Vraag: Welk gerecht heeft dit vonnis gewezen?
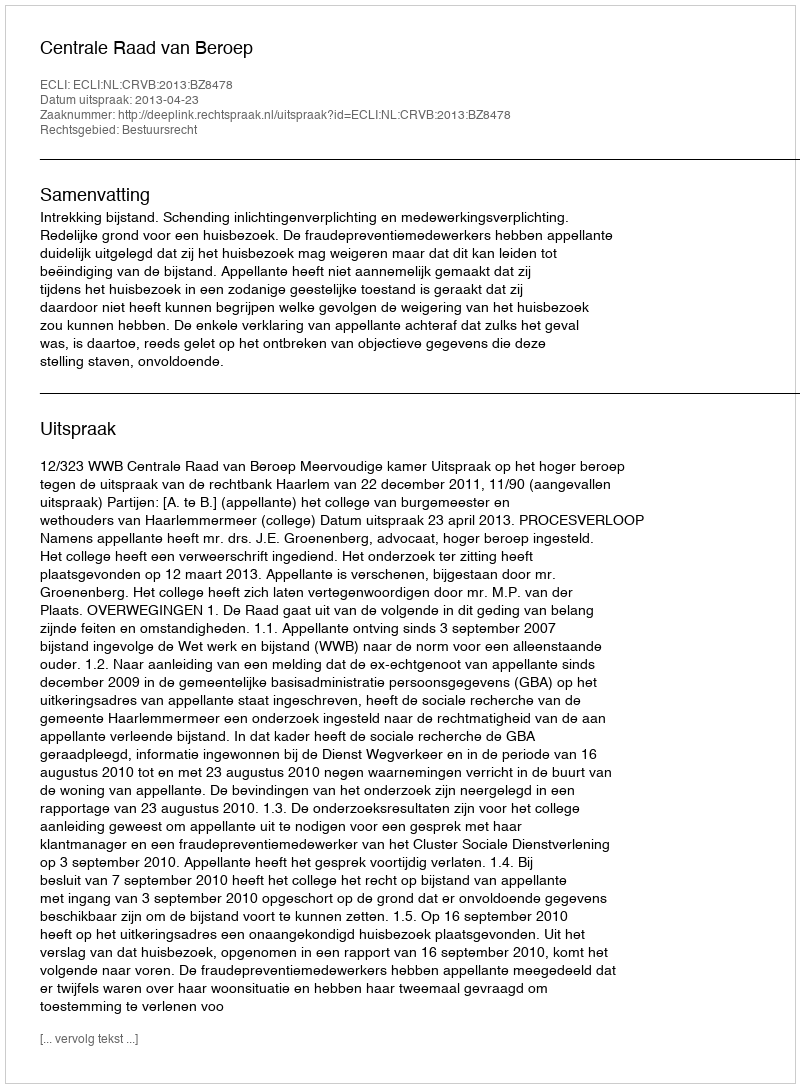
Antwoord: Centrale Raad van Beroep